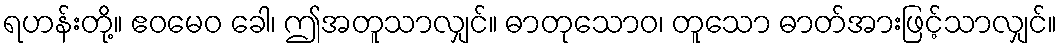
ရဟန်းတို့။ ဧဝမေဝ ခေါ၊ ဤအတူသာလျှင်။ ဓာတုသောဝ၊ တူသော ဓာတ်အားဖြင့်သာလျှင်။